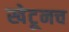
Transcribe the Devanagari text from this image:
खेटूनच